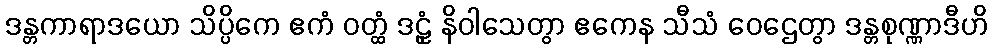
ဒန္တကာရာဒယော သိပ္ပိကေ ဧကံ ဝတ္ထံ ဒဠှံ နိဝါသေတွာ ဧကေန သီသံ ဝေဌေတွာ ဒန္တစုဏ္ဏာဒီဟိ